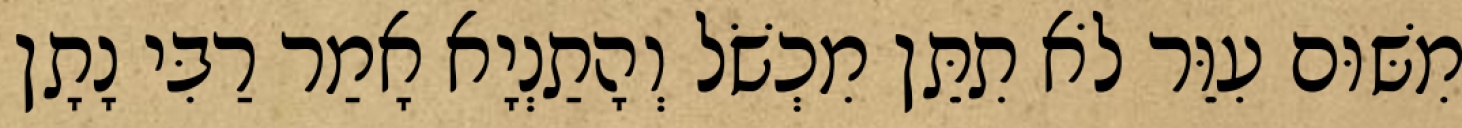
מִשּׁוּם עִוֵּר לֹא תִתֵּן מִכְשֹׁל וְהָתַנְיָא אָמַר רַבִּי נָתָן